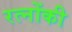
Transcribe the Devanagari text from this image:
रत्नोंकी